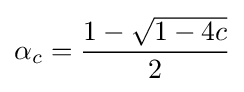
\alpha _{c}={\frac {1-{\sqrt {1-4c}}}{2}}